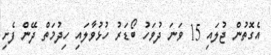
އެގޮތުން ޖުލައި 15 ވަނަ ދުވަހު ބޯޑަރު ހުޅުވާލައި ހިދުމަތް ދޭން ފެށި